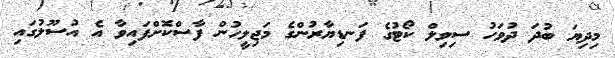
މިދިޔަ ބުދަ ދުވަހު ސިވިލް ކޯޓުގެ ފަނޑިޔާރުންގެ މަޖިލީހުން ފާސްކޮށްފައިވާ އެ އުސޫލުގައި